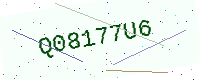
Text: Q08177U6